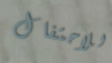
للاحتفال